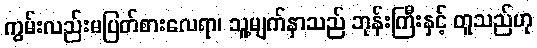
ကွမ်းလည်းမပြတ်စားလေရာ၊ သူ့မျက်နှာသည် ဘုန်းကြီးနှင့် တူသည်ဟု